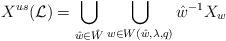
LaTeX: \begin{align*}X^{us}({\cal L})=\bigcup\limits_{\hat{w}\in \hat{W}}\bigcup\limits_{w\in W(\hat{w},\lambda,q)}\hat{w}^{-1}X_w\end{align*}